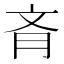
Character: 𦙟